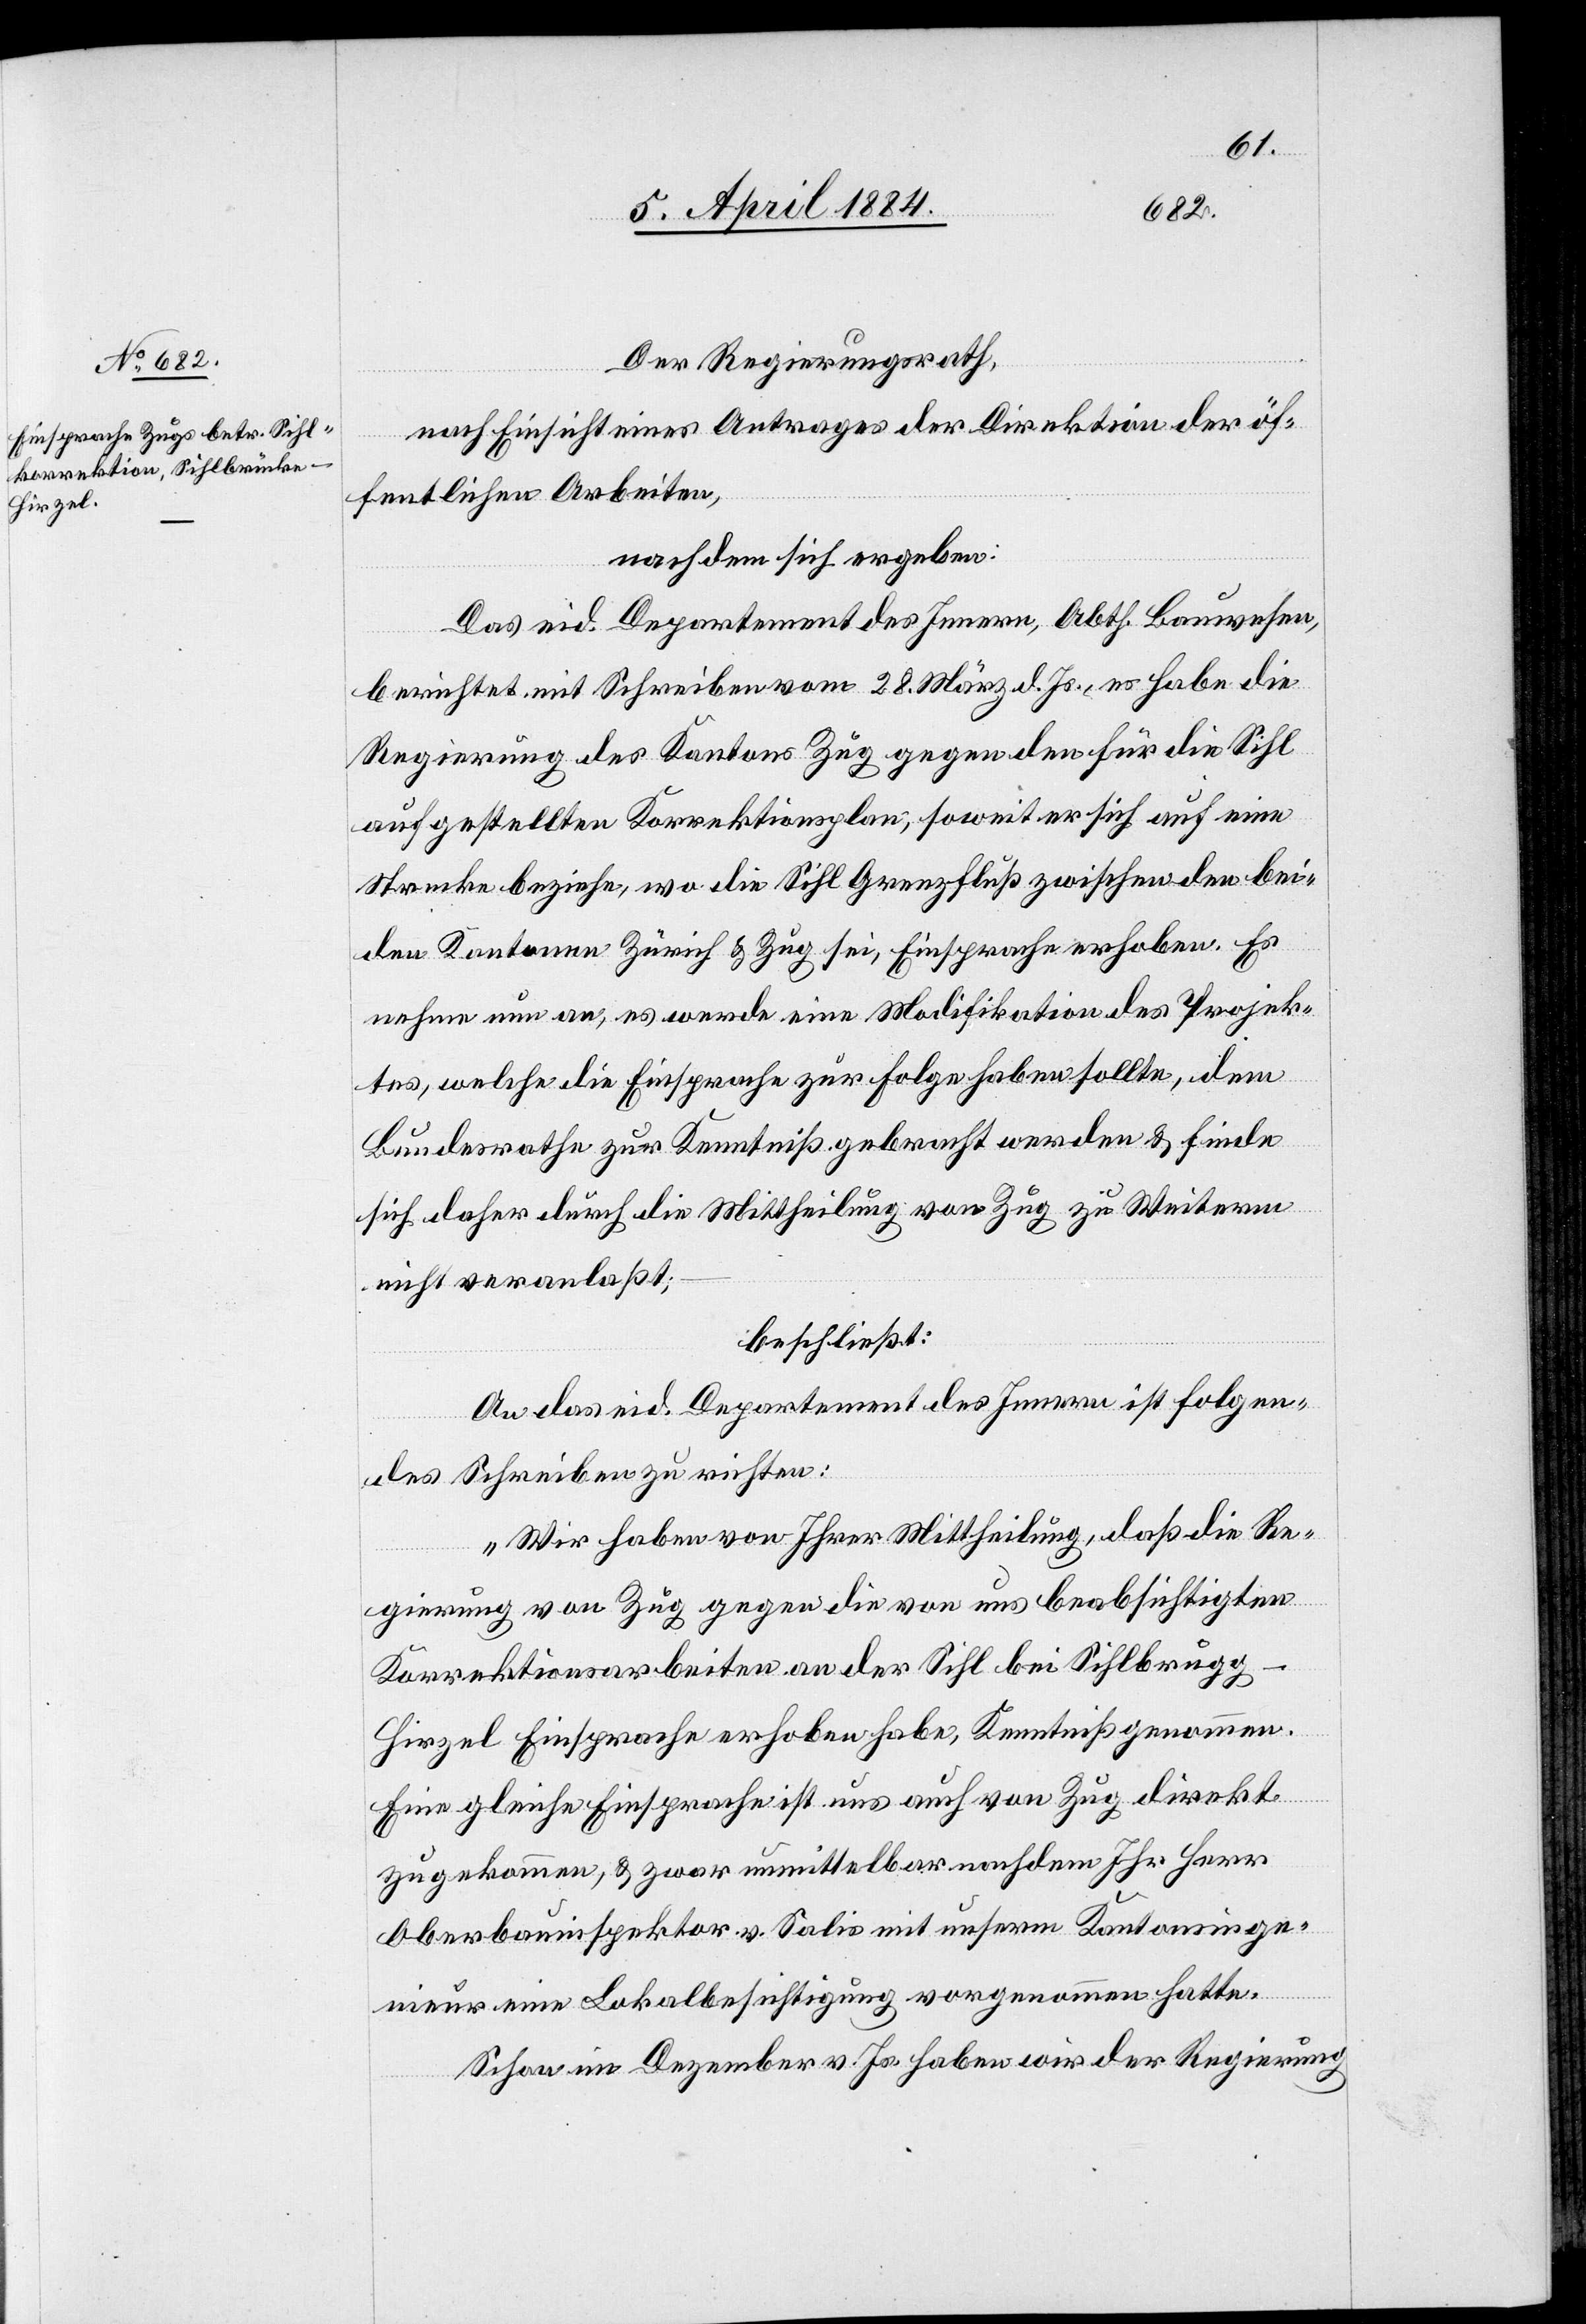
Der Regierungsrath,
nach Einsicht eines Antrages der Direktion der öf¬
fentlichen Arbeiten,
nach dem sich ergeben:
Das eid. Departement des Innern, Abth. Bauwesen,
berichtet mit Schreiben vom 28. März d. Js., es habe die
Regierung des Kantons Zug gegen den für die Sihl
aufgestellten Korrektionsplan, soweit er sich auf eine
Strecke beziehe, wo die Sihl Grenzfluß zwischen den bei¬
den Kantonen Zürich & Zug sei, Einsprache erhoben. Es
nehme nun an, es werde eine Modifikation des Projek¬
tes, welche die Einsprache zur Folge haben sollte, dem
Bundesrathe zur Kenntniß gebracht werden & finde
sich daher durch die Mittheilung von Zug zu Weiterm
nicht veranlaßt;
beschließt:
An das eid. Departement des Innern ist folgen¬
des Schreiben zu richten:
„Wir haben von Ihrer Mittheilung, daß die Re¬
gierung von Zug gegen die von uns beabsichtigten
Korrektionsarbeiten an der Sihl bei Sihlbrugg
Hirzel Einsprache erhoben habe, Kenntniß genommen.
Eine gleiche Einsprach ist uns auch von Zug direkt
zugekommen, & zwar unmittelbar nachdem Ihr Herr
Oberbauinspektor v. Salis mit unserm Kantonsinge¬
nieur eine Lokalbesichtigung vorgenommen hatte.
Schon im Dezember v. Js. haben wir der Regierung